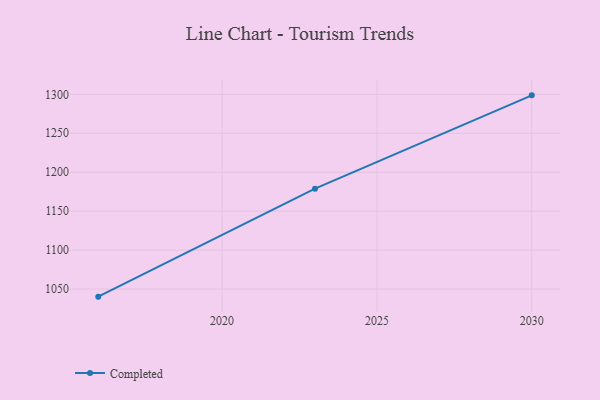
{"axis": {"x": "Year", "y": "Backlog"}, "legend": ["Completed"], "data": [{"x": "2030", "y": 1298.7, "type": "Completed"}, {"x": "2023", "y": 1178.9, "type": "Completed"}, {"x": "2016", "y": 1040.3, "type": "Completed"}]}